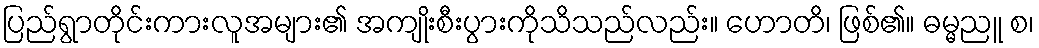
ပြည်ရွာတိုင်းကားလူအများ၏ အကျိုးစီးပွားကိုသိသည်လည်း။ ဟောတိ၊ ဖြစ်၏။ ဓမ္မညူ စ၊